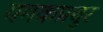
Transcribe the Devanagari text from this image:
यमकप्रचुर